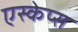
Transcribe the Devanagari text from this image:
एस्केप्स